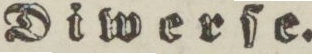
Diwerſe.